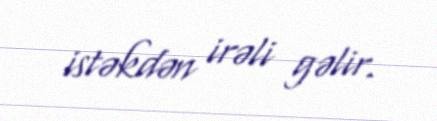
istəkdən irəli gəlir.